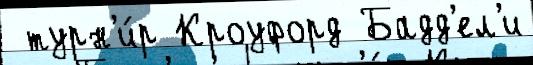
 турн'и́р Кроуфорд Бадд'ел'и